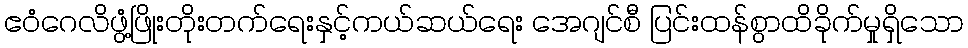
ဧဝံဂေလိဖွံ့ဖြိုးတိုးတက်ရေးနှင့်ကယ်ဆယ်ရေး အေဂျင်စီ ပြင်းထန်စွာထိခိုက်မှုရှိသော